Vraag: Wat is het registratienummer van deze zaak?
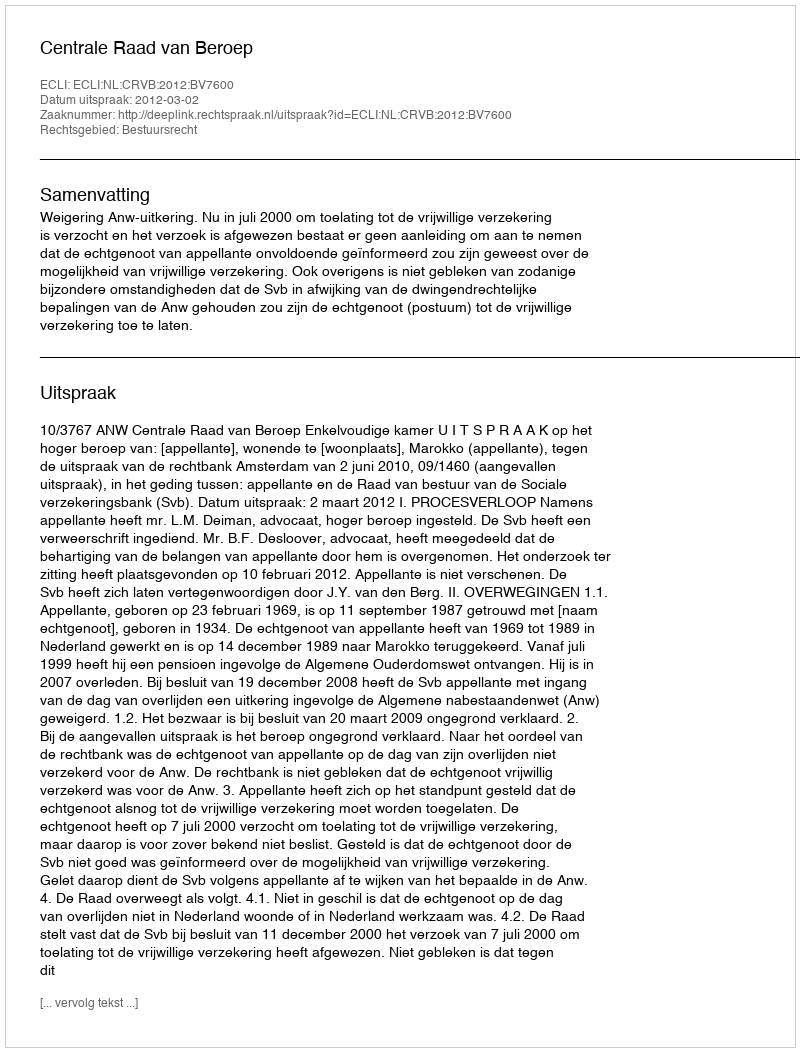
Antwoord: http://deeplink.rechtspraak.nl/uitspraak?id=ECLI:NL:CRVB:2012:BV7600